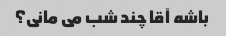
باشه آقا چند شب می مانی؟